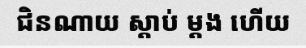
ជិនណាយ ស្តាប់ ម្តង ហើយ